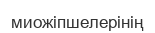
миожіпшелерінің